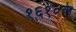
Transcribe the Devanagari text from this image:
१६१०के